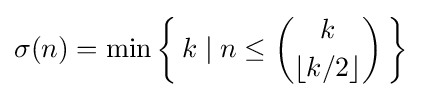
\sigma (n)=\min \left\{\,k\mid n\leq {\binom {k}{\lfloor k/2\rfloor }}\,\right\}